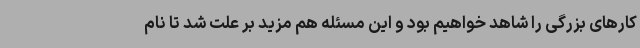
کارهای بزرگی را شاهد خواهیم بود و این مسئله هم مزید بر علت شد تا نام